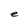
Character: e